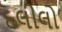
દલીલો